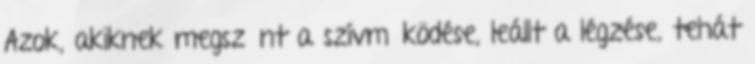
Azok, akiknek megszűnt a szívműködése, leállt a légzése, tehát